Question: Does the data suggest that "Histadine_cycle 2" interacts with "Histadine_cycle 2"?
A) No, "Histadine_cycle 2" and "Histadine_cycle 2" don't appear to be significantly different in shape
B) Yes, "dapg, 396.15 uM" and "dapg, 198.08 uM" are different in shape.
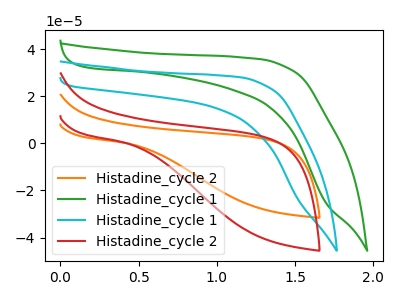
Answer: <think>The orange curve "Histadine_cycle 2" has no peaks. The green curve "Histadine_cycle 1" has no peaks. The cyan curve "Histadine_cycle 1" has no peaks. The red curve "Histadine_cycle 2" has no peaks.
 Neither "Histadine_cycle 2" or "Histadine_cycle 2" have any peaks.</think>
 <answer>A) No, "Histadine_cycle 2" and "Histadine_cycle 2" don't appear to be significantly different in shape</answer>
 <eval>A</eval>